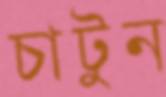
চাটুন